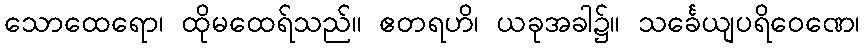
သောထေရော၊ ထိုမထေရ်သည်။ ဧတရဟိ၊ ယခုအခါ၌။ သင်္ခေယျပရိဝေဏေ၊